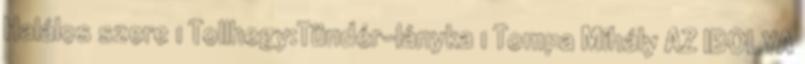
Halálos szere 1 Tollhegy:Tündér-lányka 1 Tompa Mihály AZ IBOLYA